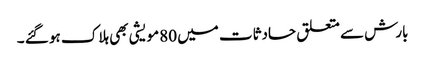
بارش سے متعلق حادثات میں 80مویشی بھی ہلاک ہو گئے ۔